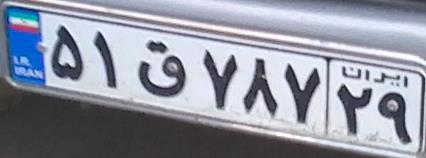
۵۱ق۷۸۷۲۹